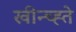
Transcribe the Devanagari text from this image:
खीन्च्ह्ते